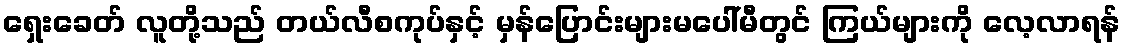
ရှေးခေတ် လူတို့သည် တယ်လီစကုပ်နှင့် မှန်ပြောင်းများမပေါ်မီတွင် ကြယ်များကို လေ့လာရန်